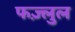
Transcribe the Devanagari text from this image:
फज़्लुल